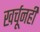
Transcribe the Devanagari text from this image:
खर्चूनही